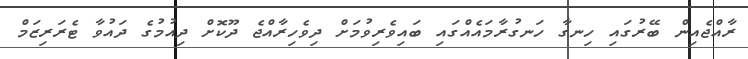
ރާއްޖެއިން ބޭރުގައި ހިނގާ ހަނގުރާމައެއްގައި ބައިވެރިވުމަށް ދިވެހިރާއްޖެ ދޫކޮށް ދިއުމުގެ ދައުވާ ޓެރަރިޒަމް